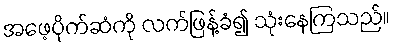
အဖေ့ပိုက်ဆံကို လက်ဖြန့်ခံ၍ သုံးနေကြသည်။